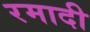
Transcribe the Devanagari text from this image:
रमादी